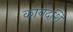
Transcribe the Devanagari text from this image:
कार्यदर्शि